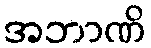
အဘာဏိ